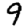
Digit: 9